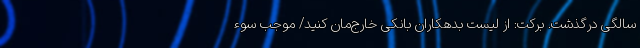
سالگی درگذشت. برکت: از لیست بدهکاران بانکی خارج‌مان کنید/ موجب سوء